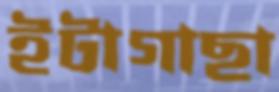
ইটাগাছা